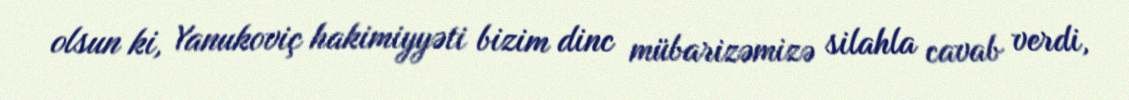
olsun ki, Yanukoviç hakimiyyəti bizim dinc mübarizəmizə silahla cavab verdi,